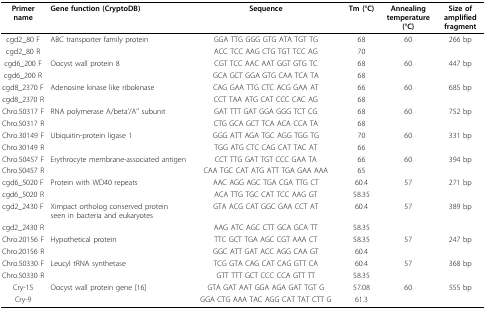
<table><thead><tr><td><b>Primer name</b></td><td><b>Gene function (CryptoDB)</b></td><td><b>Sequence</b></td><td><b>Tm (°C)</b></td><td><b>Annealing temperature (°C)</b></td><td><b>Size of amplified fragment</b></td></tr></thead><tbody><tr><td>cgd2_80 F</td><td>ABC transporter family protein</td><td>GGA TTG GGG GTG ATA TGT TG</td><td>68</td><td>60</td><td>266 bp</td></tr><tr><td>cgd2_80 R</td><td></td><td>ACC TCC AAG CTG TGT TCC AG</td><td>70</td><td></td><td></td></tr><tr><td>cgd6_200 F</td><td>Oocyst wall protein 8</td><td>CGT TCC AAC AAT GGT GTG TC</td><td>68</td><td>60</td><td>447 bp</td></tr><tr><td>cgd6_200 R</td><td></td><td>GCA GCT GGA GTG CAA TCA TA</td><td>68</td><td></td><td></td></tr><tr><td>cgd8_2370 F</td><td>Adenosine kinase like ribokinase</td><td>CAG GAA TTG CTC ACG GAA AT</td><td>66</td><td>60</td><td>685 bp</td></tr><tr><td>cgd8_2370 R</td><td></td><td>CCT TAA ATG CAT CCC CAC AG</td><td>68</td><td></td><td></td></tr><tr><td>Chro.50317 F</td><td>RNA polymerase A/beta&#x27;/A&#x27;&#x27; subunit</td><td>GAT TTT GAT GGA GGG TCT CG</td><td>68</td><td>60</td><td>752 bp</td></tr><tr><td>Chro.50317 R</td><td></td><td>CTG GCA GCT TCA ACA CCA TA</td><td>68</td><td></td><td></td></tr><tr><td>Chro.30149 F</td><td>Ubiquitin-protein ligase 1</td><td>GGG ATT AGA TGC AGG TGG TG</td><td>70</td><td>60</td><td>331 bp</td></tr><tr><td>Chro.30149 R</td><td></td><td>TGG ATG CTC CAG CAT TAC AT</td><td>66</td><td></td><td></td></tr><tr><td>Chro.50457 F</td><td>Erythrocyte membrane-associated antigen</td><td>CCT TTG GAT TGT CCC GAA TA</td><td>66</td><td>60</td><td>394 bp</td></tr><tr><td>Chro.50457 R</td><td></td><td>CAA TGC CAT ATG ATT TGA GAA AAA</td><td>65</td><td></td><td></td></tr><tr><td>cgd6_5020 F</td><td>Protein with WD40 repeats</td><td>AAC AGG AGC TGA CGA TTG CT</td><td>60.4</td><td>57</td><td>271 bp</td></tr><tr><td>cgd6_5020 R</td><td></td><td>ACA TTG TGC CAT TCC AAG GT</td><td>58.35</td><td></td><td></td></tr><tr><td>cgd2_2430 F</td><td>Ximpact ortholog conserved protein seen in bacteria and eukaryotes</td><td>GTA ACG CAT GGC GAA CCT AT</td><td>60.4</td><td>57</td><td>389 bp</td></tr><tr><td>cgd2_2430 R</td><td></td><td>AAG ATC AGC CTT GCA GCA TT</td><td>58.35</td><td></td><td></td></tr><tr><td>Chro.20156 F</td><td>Hypothetical protein</td><td>TTC GCT TGA AGC CGT AAA CT</td><td>58.35</td><td>57</td><td>247 bp</td></tr><tr><td>Chro.20156 R</td><td></td><td>GGC ATT GAT ACC AGG CAA GT</td><td>60.4</td><td></td><td></td></tr><tr><td>Chro.50330 F</td><td>Leucyl tRNA synthetase</td><td>TCG GTA CAG CAT CAG GTT CA</td><td>60.4</td><td>57</td><td>368 bp</td></tr><tr><td>Chro.50330 R</td><td></td><td>GTT TTT GCT CCC CCA GTT TT</td><td>58.35</td><td></td><td></td></tr><tr><td>Cry-15</td><td>Oocyst wall protein gene [16]</td><td>GTA GAT AAT GGA AGA GAT TGT G</td><td>57.08</td><td>60</td><td>555 bp</td></tr><tr><td>Cry-9</td><td></td><td>GGA CTG AAA TAC AGG CAT TAT CTT G</td><td>61.3</td><td></td><td></td></tr></tbody></table>